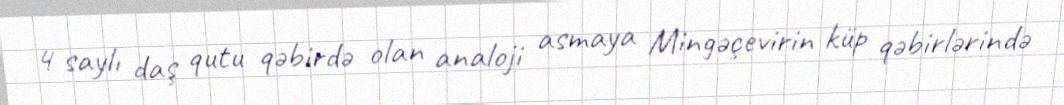
4 saylı daş qutu qəbirdə olan analoji asmaya Mingəçevirin küp qəbirlərində